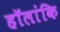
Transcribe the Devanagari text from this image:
हॉलांकि